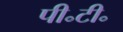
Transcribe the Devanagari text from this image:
पी॰टी॰